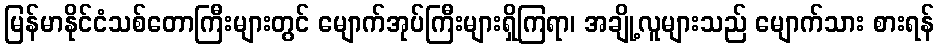
မြန်မာနိုင်ငံသစ်တောကြီးများတွင် မျောက်အုပ်ကြီးများရှိကြရာ၊ အချို့လူများသည် မျောက်သား စားရန်